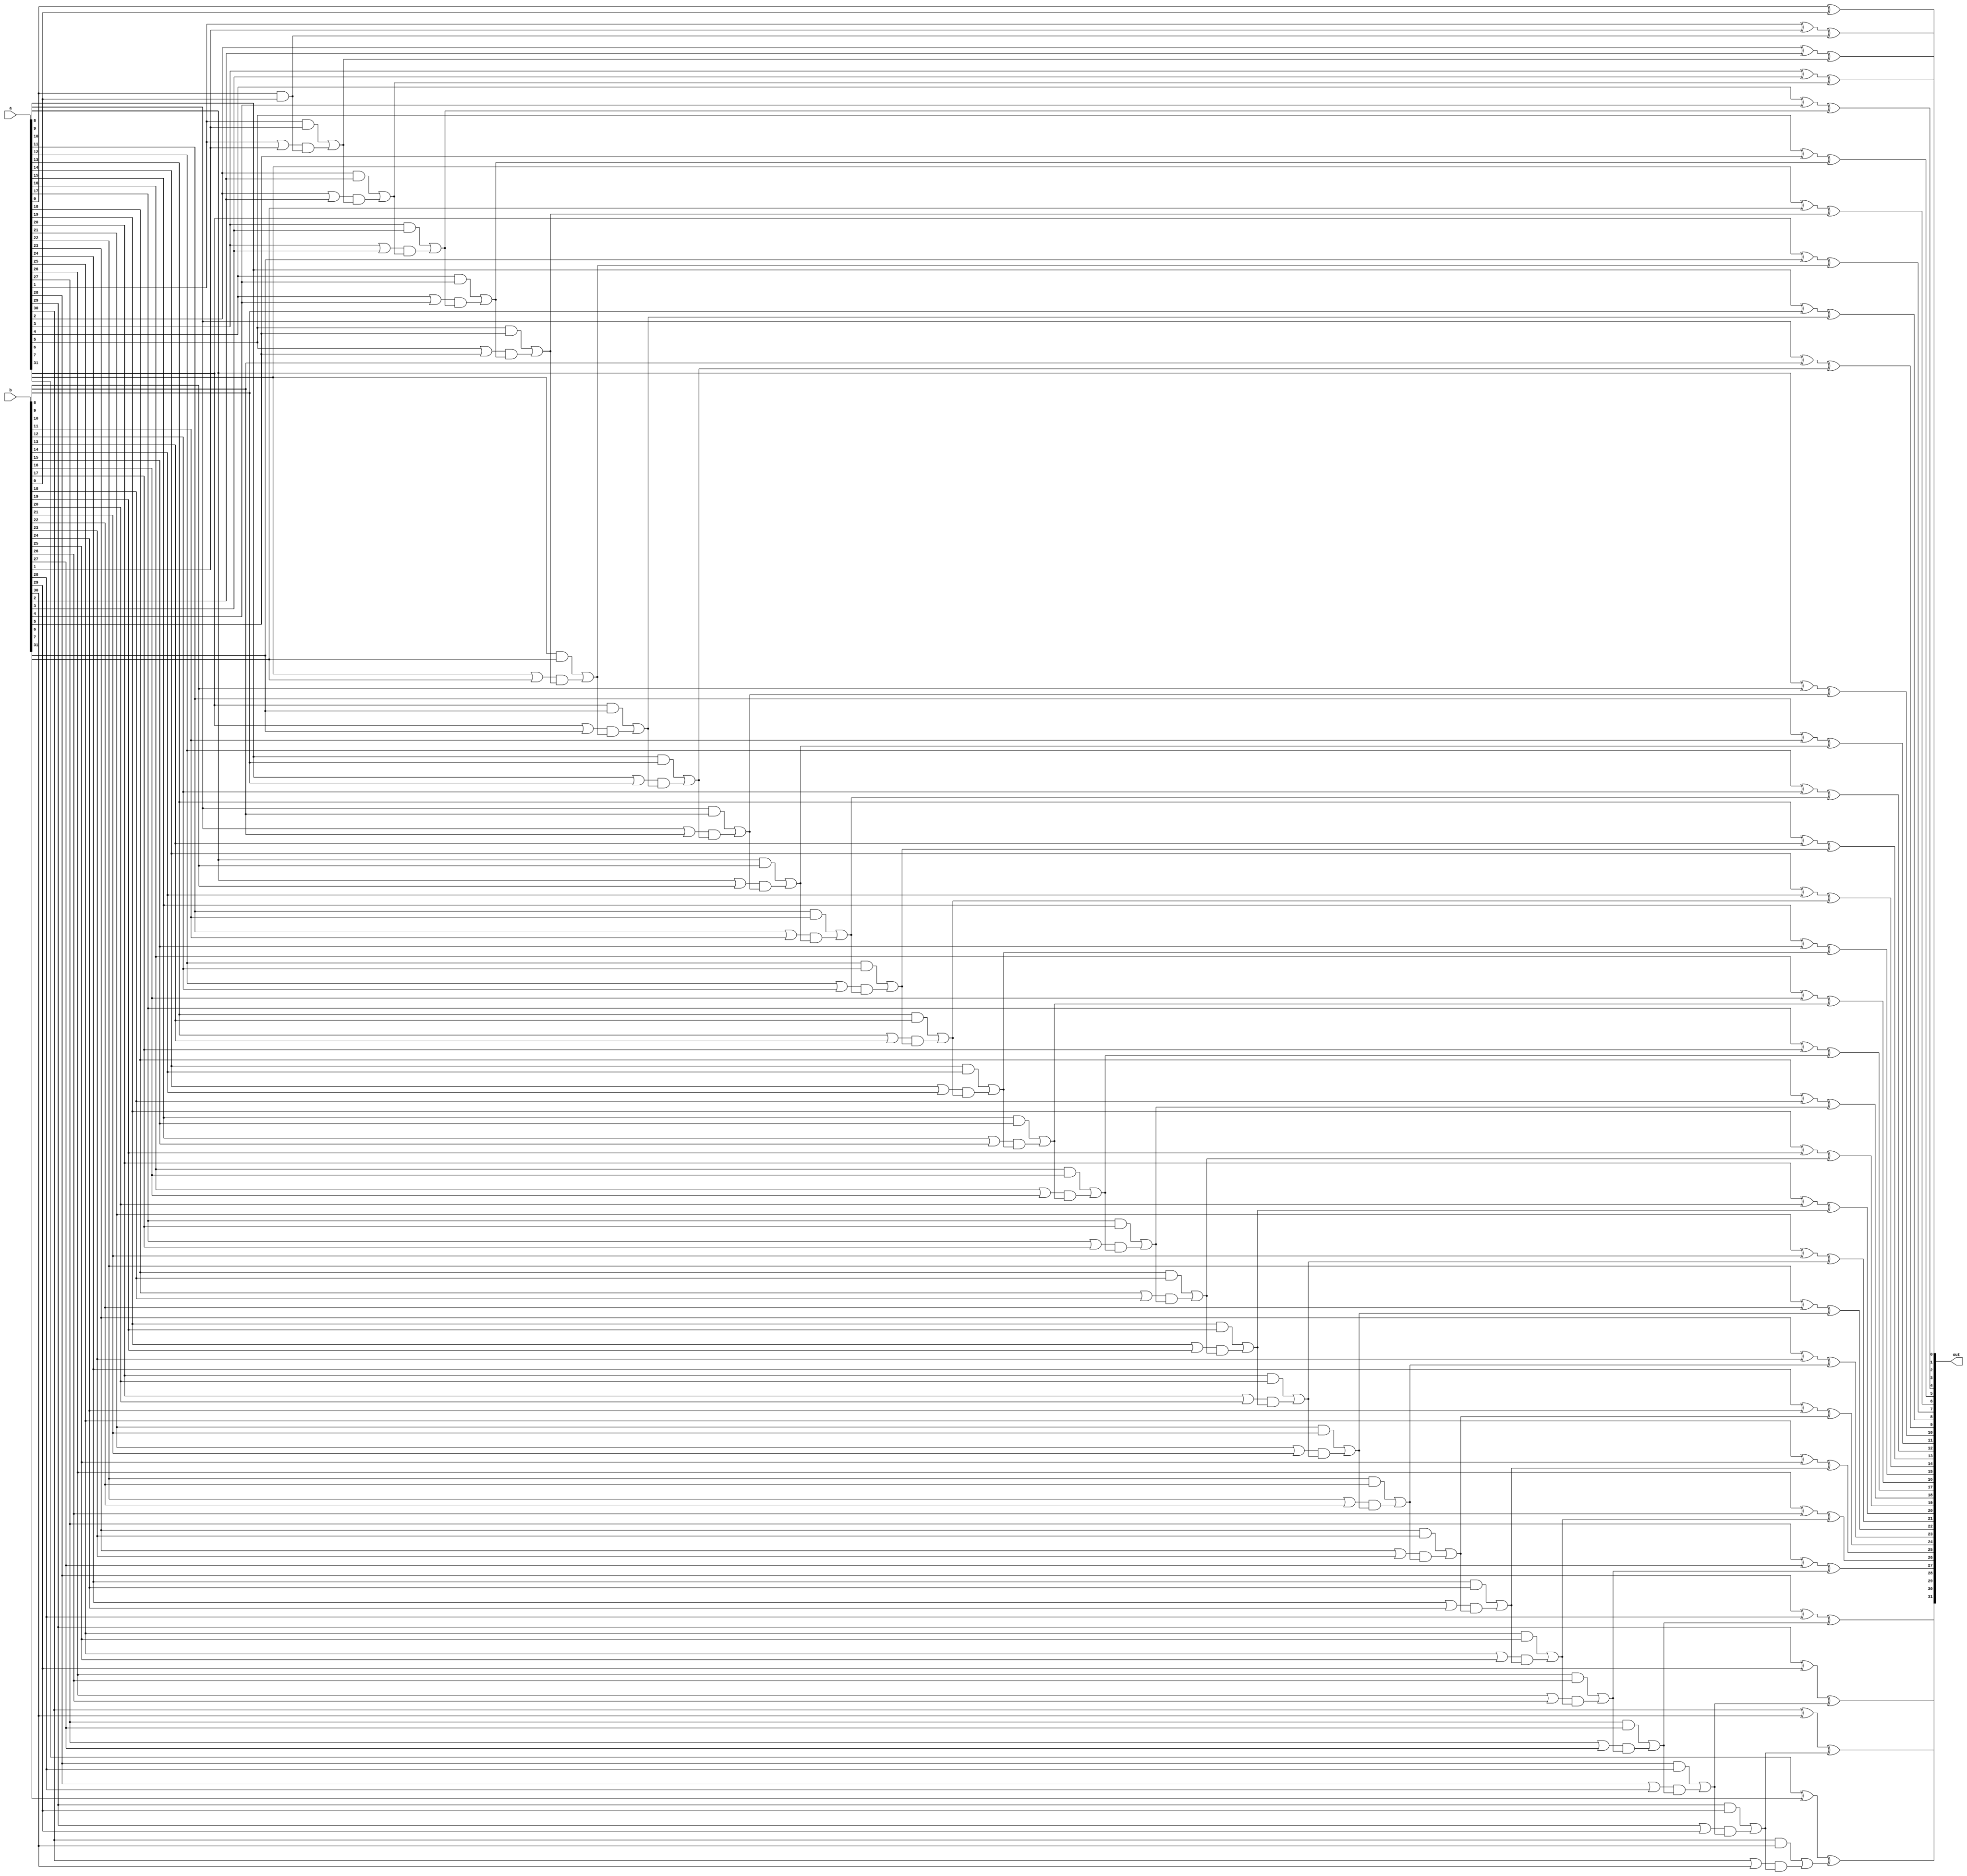
`ifndef GUARD_ADDERCARRYLOOKAHEAD_V
`define GUARD_ADDERCARRYLOOKAHEAD_V

module AdderCarryLookahead32 (
    a,
    b,
    out
);

    input [31:0] a;
    input [31:0] b;
    output [31:0] out;

    wire [30:0] carry_generate;
    wire [30:0] carry_propagate;
    wire [30:0] carrys;

    genvar i;

    generate
        for (i = 0; i < 31; i = i + 1) begin
            assign carry_generate[i] = a[i] & b[i];
        end
    endgenerate

    generate
        for (i = 0; i < 31; i = i + 1) begin
            assign carry_propagate[i] = a[i] | b[i];
        end
    endgenerate

    assign carrys[0] = carry_generate[0];
    generate
        for (i = 1; i < 31; i = i + 1) begin
            assign carrys[i] = carry_generate[i] | (carry_propagate[i] & carrys[i - 1]);
        end
    endgenerate

    assign out[0] = a[0] ^ b[0];
    generate
        for (i = 1; i < 32; i = i + 1) begin
            assign out[i] = a[i] ^ b[i] ^ carrys[i - 1];
        end
    endgenerate

endmodule // AdderCarryLookahead32

`endif